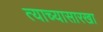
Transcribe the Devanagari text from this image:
त्याच्यासारखा